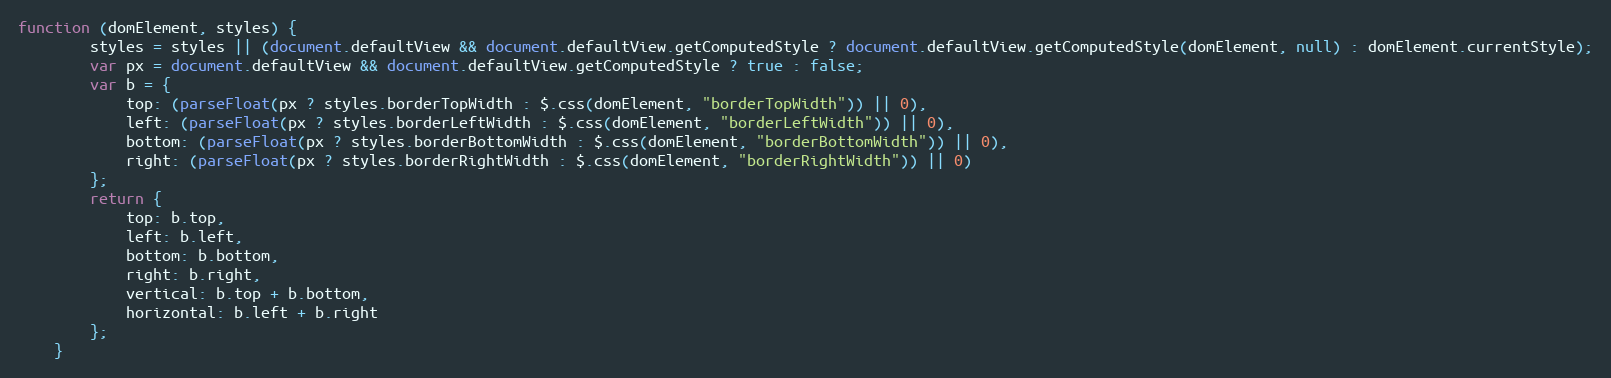
Language: JavaScript
function (domElement, styles) {
        styles = styles || (document.defaultView && document.defaultView.getComputedStyle ? document.defaultView.getComputedStyle(domElement, null) : domElement.currentStyle);
        var px = document.defaultView && document.defaultView.getComputedStyle ? true : false;
        var b = {
            top: (parseFloat(px ? styles.borderTopWidth : $.css(domElement, "borderTopWidth")) || 0),
            left: (parseFloat(px ? styles.borderLeftWidth : $.css(domElement, "borderLeftWidth")) || 0),
            bottom: (parseFloat(px ? styles.borderBottomWidth : $.css(domElement, "borderBottomWidth")) || 0),
            right: (parseFloat(px ? styles.borderRightWidth : $.css(domElement, "borderRightWidth")) || 0)
        };
        return {
            top: b.top,
            left: b.left,
            bottom: b.bottom,
            right: b.right,
            vertical: b.top + b.bottom,
            horizontal: b.left + b.right
        };
    }